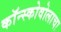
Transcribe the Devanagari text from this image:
कॉन्स्कोवोलाचा